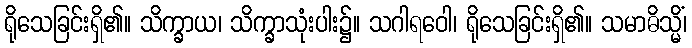
ရိုသေခြင်းရှိ၏။ သိက္ခာယ၊ သိက္ခာသုံးပါး၌။ သဂါရဝေါ၊ ရိုသေခြင်းရှိ၏။ သမာဓိသ္မိံ၊